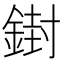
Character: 𨩥